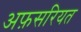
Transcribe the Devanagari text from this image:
अफ़सरियत